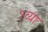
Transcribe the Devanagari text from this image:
१व्या